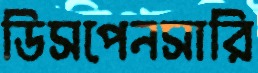
ডিসপেনসারি